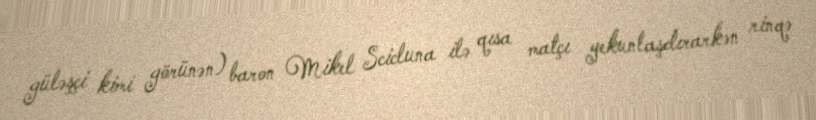
güləşçi kimi görünən) baron Mikel Scicluna ilə qısa matçı yekunlaşdırarkən rinqə